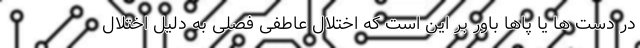
در دست ها یا پاها باور بر این است که اختلال عاطفی فصلی به دلیل اختلال